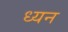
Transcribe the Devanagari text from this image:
ध्यन